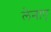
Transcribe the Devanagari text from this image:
लेनाए